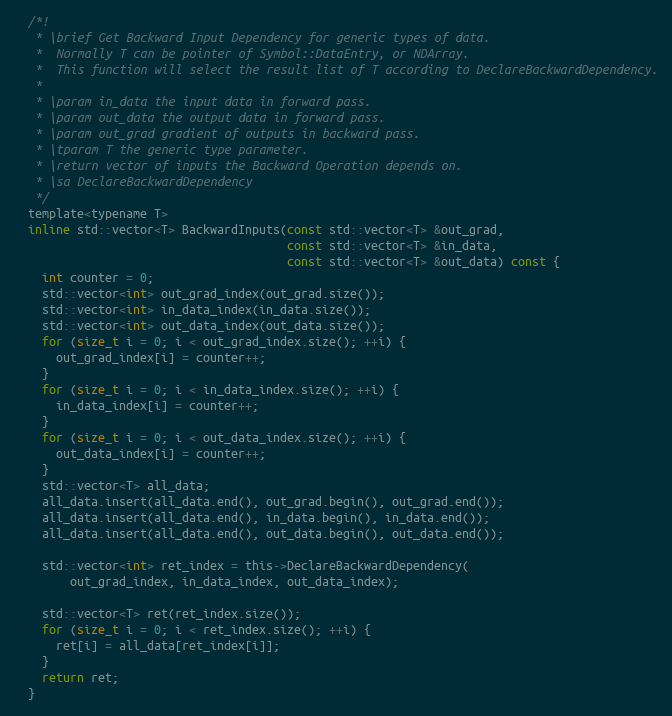
Language: C
  /*!
   * \brief Get Backward Input Dependency for generic types of data.
   *  Normally T can be pointer of Symbol::DataEntry, or NDArray.
   *  This function will select the result list of T according to DeclareBackwardDependency.
   *
   * \param in_data the input data in forward pass.
   * \param out_data the output data in forward pass.
   * \param out_grad gradient of outputs in backward pass.
   * \tparam T the generic type parameter.
   * \return vector of inputs the Backward Operation depends on.
   * \sa DeclareBackwardDependency
   */
  template<typename T>
  inline std::vector<T> BackwardInputs(const std::vector<T> &out_grad,
                                       const std::vector<T> &in_data,
                                       const std::vector<T> &out_data) const {
    int counter = 0;
    std::vector<int> out_grad_index(out_grad.size());
    std::vector<int> in_data_index(in_data.size());
    std::vector<int> out_data_index(out_data.size());
    for (size_t i = 0; i < out_grad_index.size(); ++i) {
      out_grad_index[i] = counter++;
    }
    for (size_t i = 0; i < in_data_index.size(); ++i) {
      in_data_index[i] = counter++;
    }
    for (size_t i = 0; i < out_data_index.size(); ++i) {
      out_data_index[i] = counter++;
    }
    std::vector<T> all_data;
    all_data.insert(all_data.end(), out_grad.begin(), out_grad.end());
    all_data.insert(all_data.end(), in_data.begin(), in_data.end());
    all_data.insert(all_data.end(), out_data.begin(), out_data.end());

    std::vector<int> ret_index = this->DeclareBackwardDependency(
        out_grad_index, in_data_index, out_data_index);

    std::vector<T> ret(ret_index.size());
    for (size_t i = 0; i < ret_index.size(); ++i) {
      ret[i] = all_data[ret_index[i]];
    }
    return ret;
  }